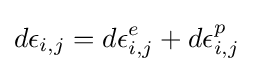
d\epsilon _{i,j}=d\epsilon _{i,j}^{e}+d\epsilon _{i,j}^{p}